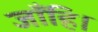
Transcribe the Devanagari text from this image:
जाँहि।